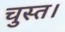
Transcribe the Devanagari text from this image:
चुस्त।